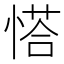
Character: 𢟉